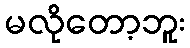
မလိုတော့ဘူး